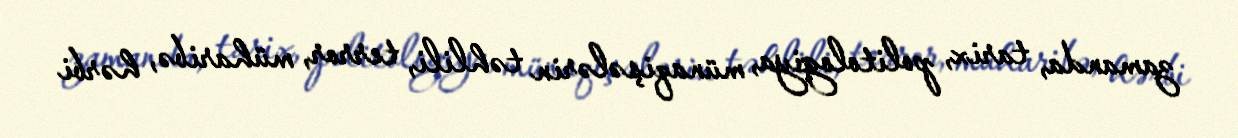
zamanda, tarix, politologiya, münaqişələrin təhlili, terror, müharibə, hərbi